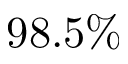
9 8 . 5 \%